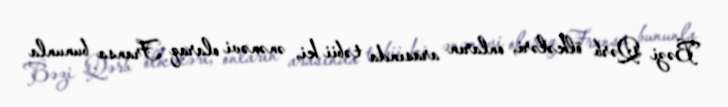
Bəzi Qərb ölkələri, onların arasında təbii ki, ənənəvi olaraq Fransa bununla